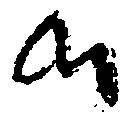
候